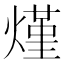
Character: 𰟐